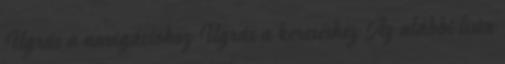
Ugrás a navigációhoz Ugrás a kereséshez Az alábbi lista